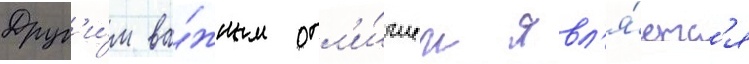
Друг'и́м ва́жным отл'и́чием явл'я́етс'я